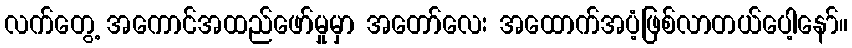
လက်တွေ့ အကောင်အထည်ဖော်မှုမှာ အတော်လေး အထောက်အပံ့ဖြစ်လာတယ်ပေါ့နော်။